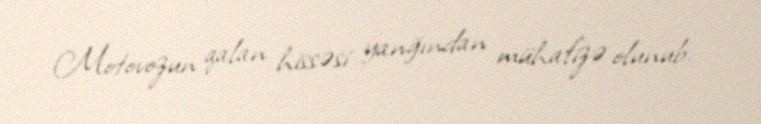
Motovozun qalan hissəsi yanğından mühafizə olunub.